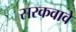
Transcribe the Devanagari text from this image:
सरकवावे